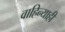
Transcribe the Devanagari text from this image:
वाहिन्याही